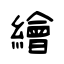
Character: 繪